Report of the Bombay Plague Committee
Disease focus: Plague
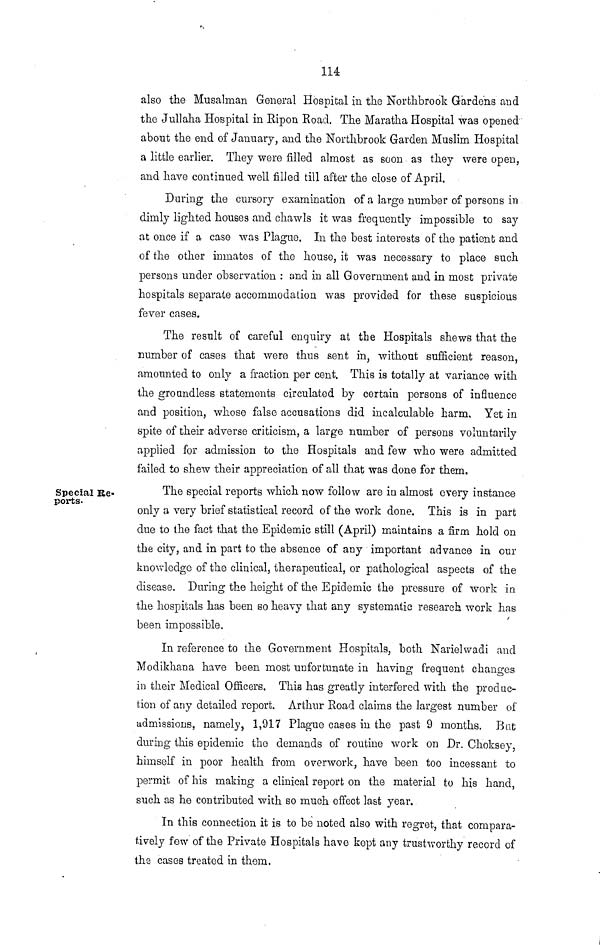
114
also the Musalman General Hospital in the Northbrook Gardens and
the Jullaha Hospital in Ripon Road. The Maratha Hospital was opened"
about the end of January, and the Northbrook Garden Muslim Hospital
a little earlier. They were filled almost as soon as they were open,
and have continued well filled till after the close of April.
During the cursory examination of a large number of persons in
dimly lighted houses and chawls it was frequently impossible to say
at once if a case was Plague, In the best interests of the patient and
of the other inmates of the house, it was necessary to place such
persons under observation : and in all Government and in most private
hospitals separate accommodation was provided for these suspicious
fever cases.
The result of careful enquiry at the Hospitals shews that the
number of cases that were thus sent in, without sufficient reason,
amounted to only a fraction per cent. This is totally at variance with
the groundless statements circulated by certain persons of influence
and position, whose false accusations did incalculable harm. Yet in
spite of their adverse criticism, a large number of persons voluntarily
applied for admission to the Hospitals and few who were admitted
failed to shew their appreciation of all that was done for them.
Special Re-
ports.
The special reports which now follow are in almost every instance
only a very brief statistical record of the work done. This is in part
due to the fact that the Epidemic still (April) maintains a firm hold on
the city, and in part to the absence of any important advance in our
knowledge of the clinical, therapeutical, or pathological aspects of the
disease. During the height of the Epidemic the pressure of work in
the hospitals has been so heavy that any systematic research work has
/
been impossible.
In reference to the Government Hospitals, both Narielwadi and
Modikhana have been most unfortunate in having frequent changes
in their Medical Officers. This has greatly interfered with the produc-
tion of any detailed report. Arthur Road claims the largest number of
admissions, namely, 1,917 Plague cases in the past 9 months. Bat
during this epidemic the demands of routine work on Dr. Choksey,
himself in poor health from overwork, have been too incessant to
permit of his making a clinical report on the material to his hand,
such as he contributed with so much effect last year.
In this connection it is to be noted also with regret, that compara-
tively few of the Private Hospitals have kept any trustworthy record of
the cases treated in them.